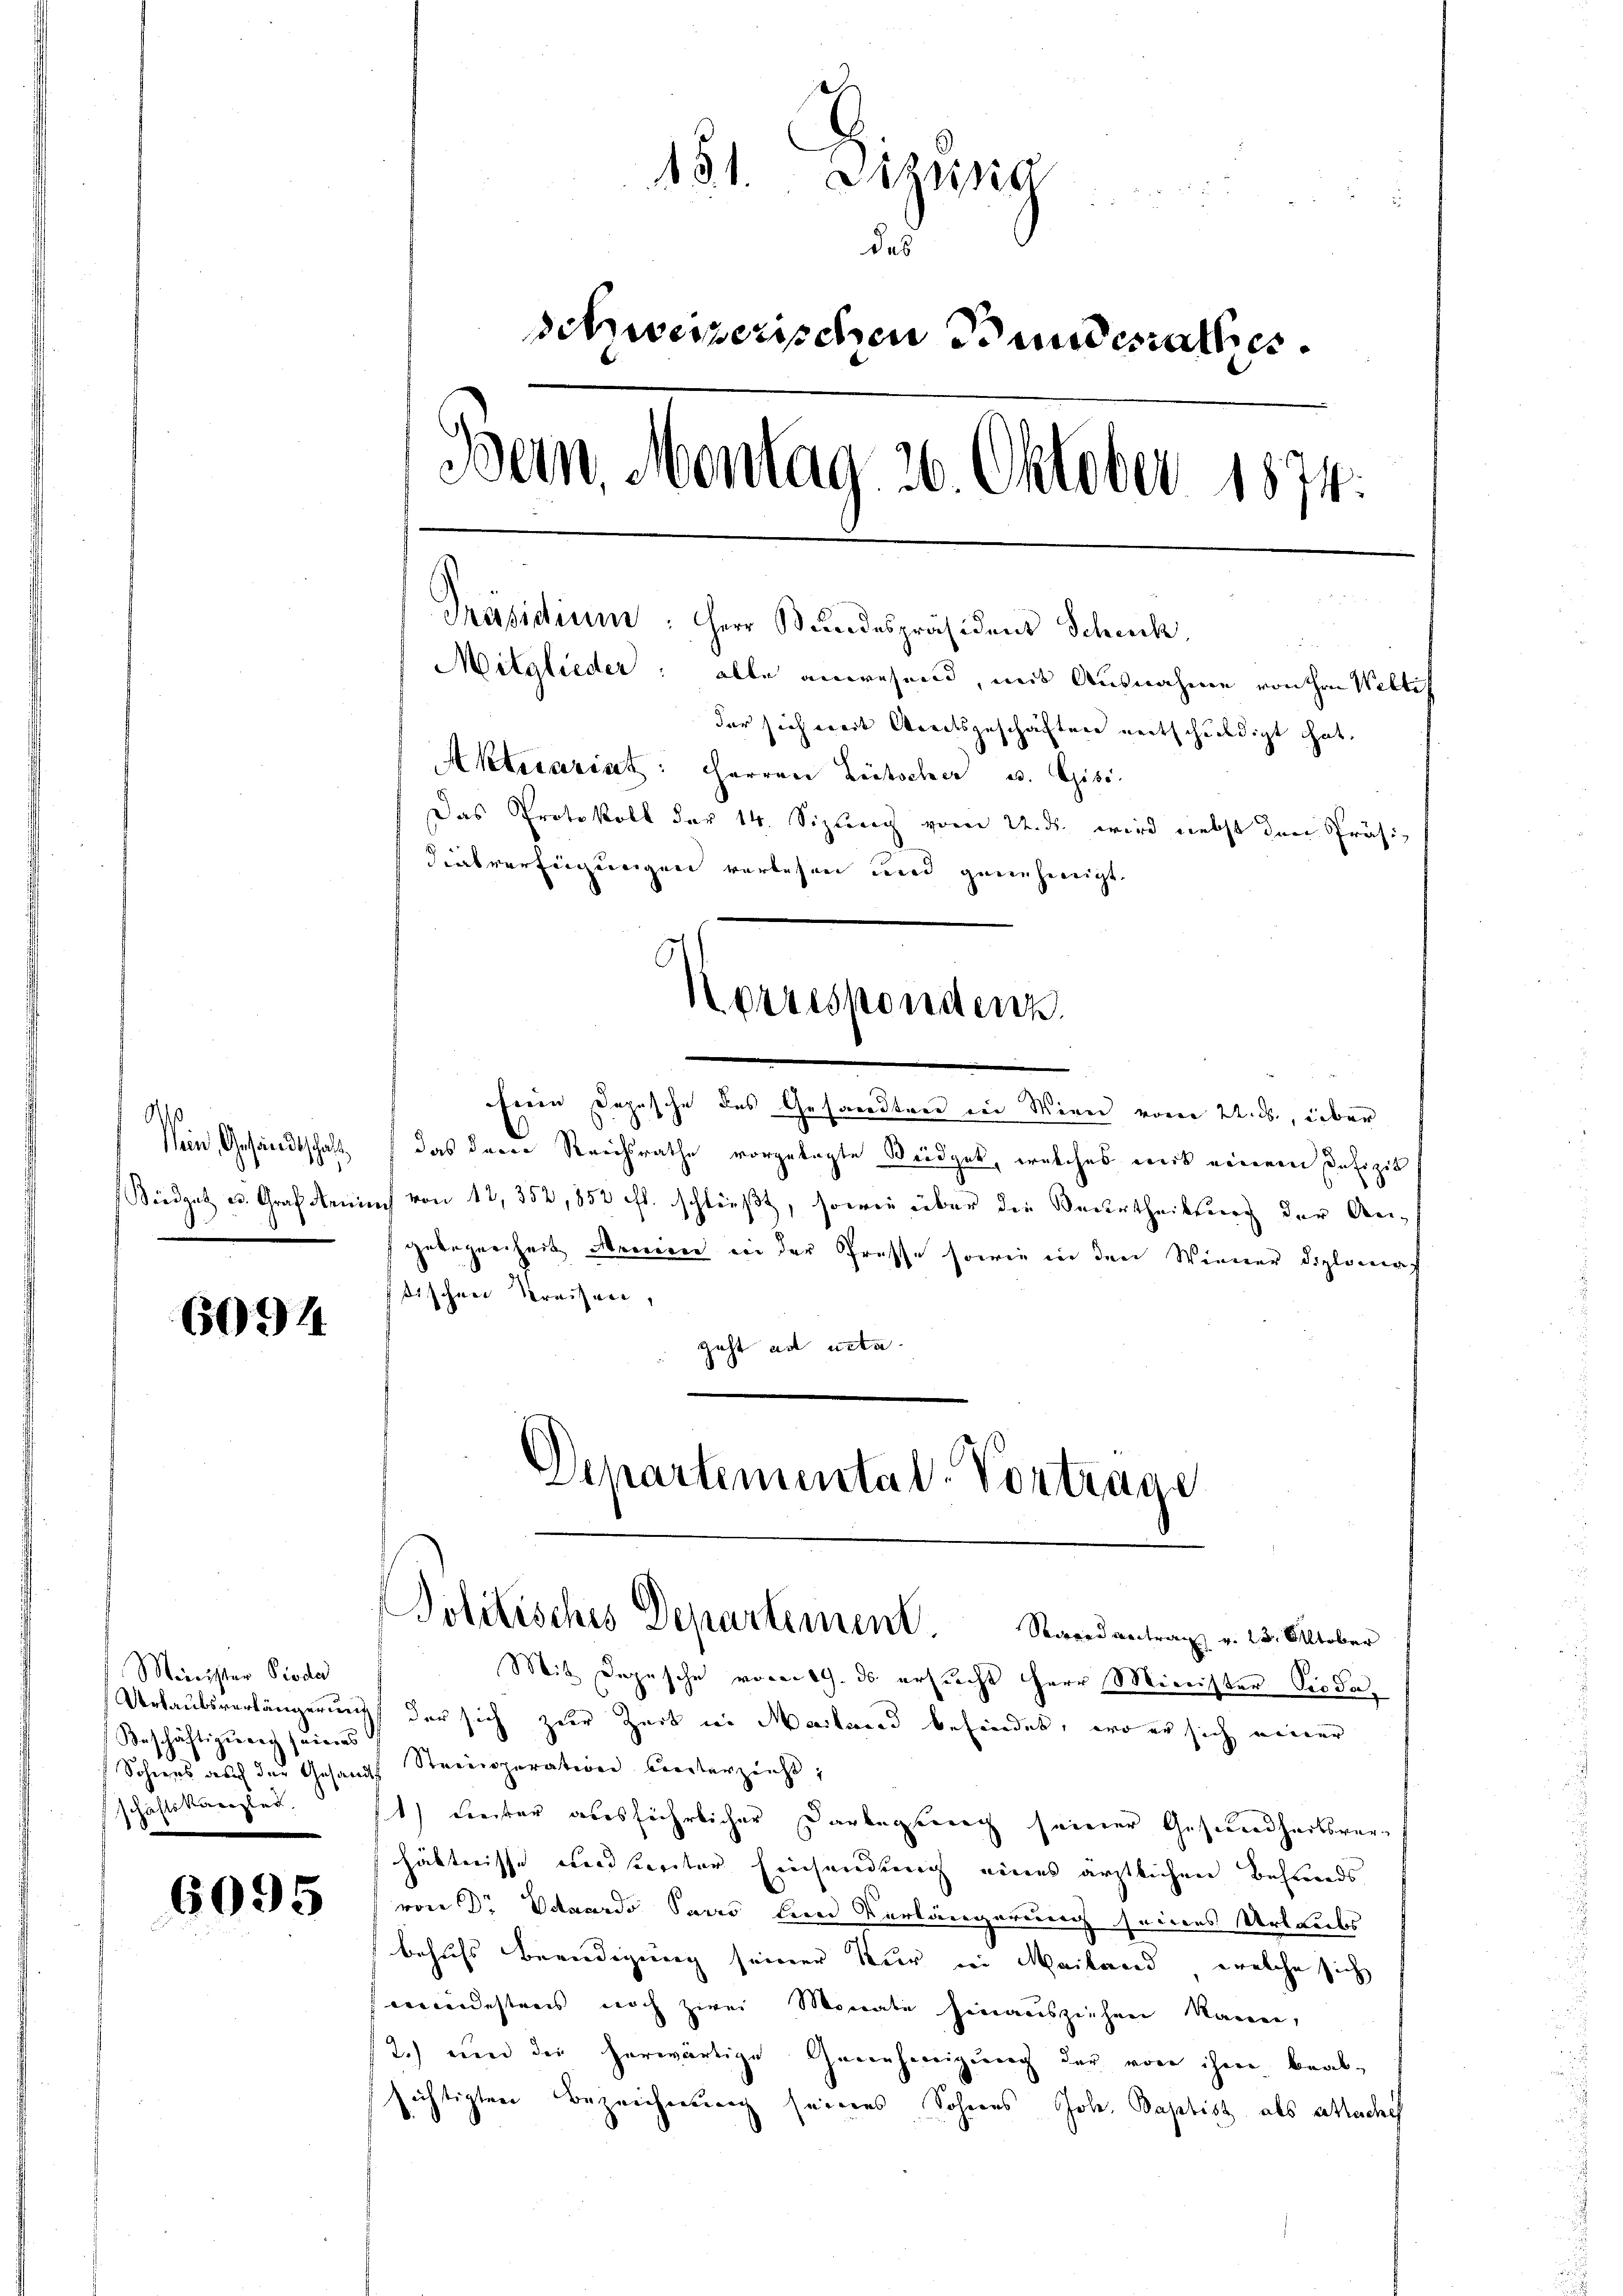
90
Windsatz u. Graf An¬

6094

Minister Pioda
Beschäftigung seines
§8
Schnees auch der Gesandt
schaftskanzler.

6095

181. Liza
das
schweizerischen Bundesrathes.
Bein. Montag 26. Oktober 1874.
Präsidium: Herr Bundespräsidens Schick,
Mitglieder: alle anwesend, mit Ausnahme von ihr Weltis
der sich weit Wortsgeschäften vertschuldigt hat.
Aktecariat: Herren Lütscher u. Gisi
Das Protokoll der 14. Sizung vom 22. ds. wird nebst den Präsi-
dietverfingenigen verlesen und genehmigt.
Korrespondenz.

fien Dozische des Gesandten in Wien vom 21. ds., über
ein Gesandtschaft, das deren Reichsrathe vorgelegte Büdget, welches mit einem Defizit
urch von 12, 352,852 f. schließt, sowie über die Beurtheilung der Angebogenheit Manien in der Presse sowie in den Wiener Diplomat
tischen Kreisen,
geht ad acta.
Departemental-Vortrage

Mit Depesche vom 19. ds. ersucht Herr Minister Pioda,
Urlaubsverlängerung der sich zur Zeit in Mailand befindet, wo er sich einer
Steinoperation unterzieht,
) Freiter ausführlicher Darlegerich seiner Gesundheitsverhältnisse nisierter Einsendung eines ärztlichen Behands
von Dr Eduardo Pusić den Verlängerung seines Urlaubs
behufs Beendigung seiner Nur in Mailand, welche sich
meindestreis noch zwei Monate hinausziehen kann,
2.) und der herwärtige Genehmigung der von ihm beabsichtigten Bezeichnung seines Sohnes Joh. Baptist als auche

Politisches Departement. Stand antrag v. 23. Oktober